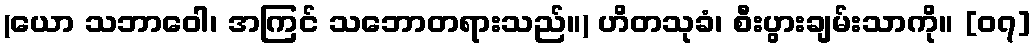
(ယော သဘာဝေါ၊ အကြင် သဘောတရားသည်။) ဟိတသုခံ၊ စီးပွားချမ်းသာကို။ [၀၇]